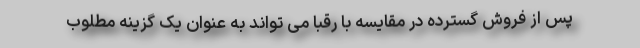
پس از فروش گسترده در مقایسه با رقبا می تواند به عنوان یک گزینه مطلوب